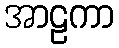
အာဠကာ